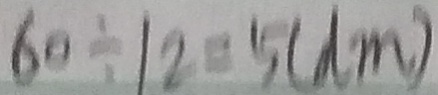
6 0 \div 1 2 = 5 ( d m )